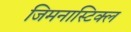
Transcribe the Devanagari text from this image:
जिमनास्टिक्ल